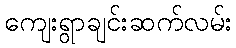
ကျေးရွာချင်းဆက်လမ်း